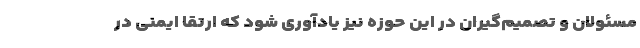
مسئولان و تصمیم‌گیران در این حوزه نیز یادآوری شود که ارتقا ایمنی در